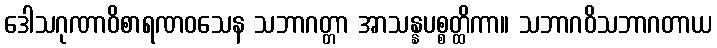
ဒေါသဂုဏာဝိစာရဏဝသေန သဘာဂတ္တာ အာသန္နပစ္စတ္ထိကာ။ သဘာဂဝိသဘာဂတာယ